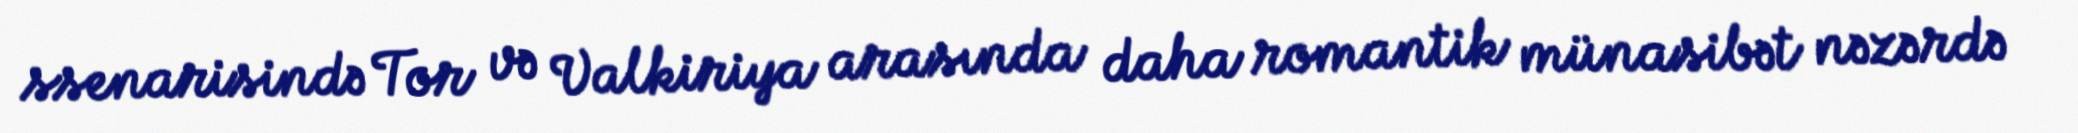
ssenarisində Tor və Valkiriya arasında daha romantik münasibət nəzərdə